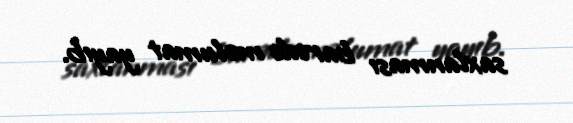
saxlanması barədə məlumat yayıb.